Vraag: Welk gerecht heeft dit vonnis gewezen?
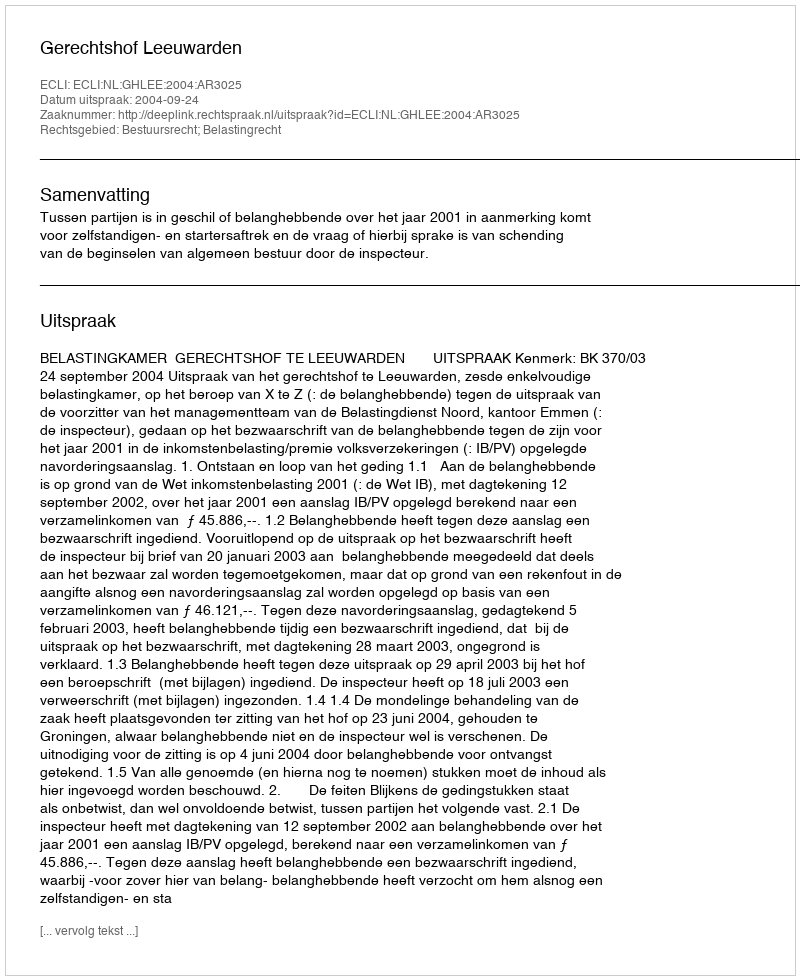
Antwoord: Gerechtshof Leeuwarden